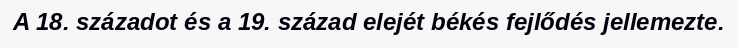
A 18. századot és a 19. század elejét békés fejlődés jellemezte.